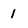
Character: 1